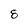
Character: 8